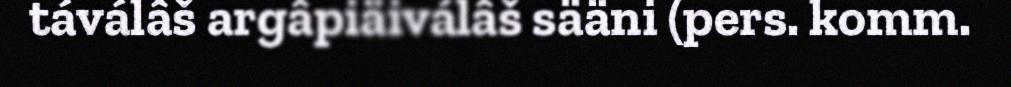
táválâš argâpiäiválâš sääni (pers. komm.